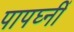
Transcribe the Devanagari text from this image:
पापघ्नीं